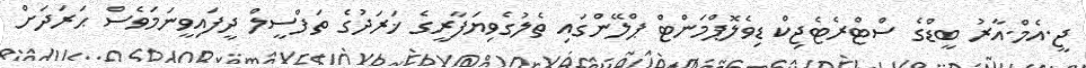
ޖީ.އެމް.އާރު ބީޑްގެ ސްޓްރެޓެޖިކް ޑިވެލޮޕްމަންޓް ޕްލޭންގައި ތެލުގެވިޔަފާރީގެ ޚަރަދުގެ ތަފްސީލް ދީފައިވީނަމަވެސް ޙަރަދަށް